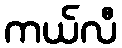
ကယ်လီ